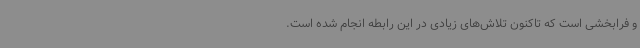
و فرابخشی است که تاکنون تلاش‌های زیادی در این رابطه انجام شده است.